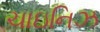
ચાઇનિઝ